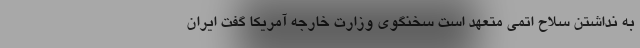
به نداشتن سلاح اتمی متعهد است سخنگوی وزارت خارجه آمریکا گفت ایران